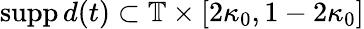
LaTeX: \mathrm{supp}\, d(t)\subset\mathbb{T}\times[2\kappa_{0},1-2\kappa_{0}]